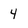
Character: 4